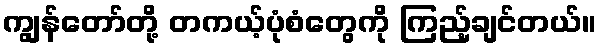
ကျွန်တော်တို့ တကယ့်ပုံစံတွေကို ကြည့်ချင်တယ်။